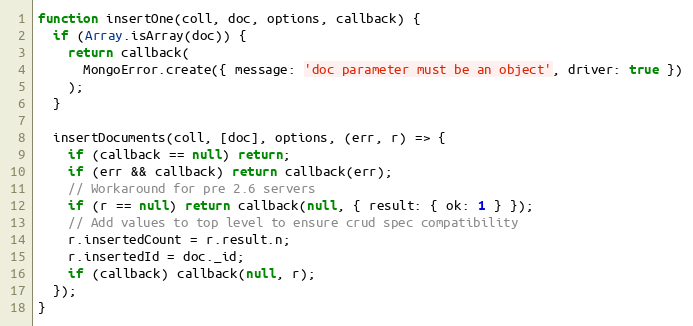
Language: JavaScript
function insertOne(coll, doc, options, callback) {
  if (Array.isArray(doc)) {
    return callback(
      MongoError.create({ message: 'doc parameter must be an object', driver: true })
    );
  }

  insertDocuments(coll, [doc], options, (err, r) => {
    if (callback == null) return;
    if (err && callback) return callback(err);
    // Workaround for pre 2.6 servers
    if (r == null) return callback(null, { result: { ok: 1 } });
    // Add values to top level to ensure crud spec compatibility
    r.insertedCount = r.result.n;
    r.insertedId = doc._id;
    if (callback) callback(null, r);
  });
}